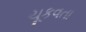
ચૂકવતા